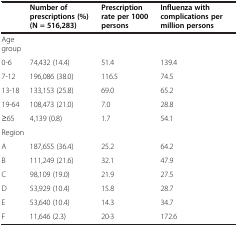
<table><thead><tr><td><b> </b></td><td><b>Number of prescriptions (%) (N = 516,283)</b></td><td><b>Prescription rate per 1000 persons</b></td><td><b>Influenza with complications per million persons</b></td></tr></thead><tbody><tr><td>Age group</td><td> </td><td> </td><td> </td></tr><tr><td>0-6</td><td>74,432 (14.4)</td><td>51.4</td><td>139.4</td></tr><tr><td>7-12</td><td>196,086 (38.0)</td><td>116.5</td><td>74.5</td></tr><tr><td>13-18</td><td>133,153 (25.8)</td><td>69.0</td><td>65.2</td></tr><tr><td>19-64</td><td>108,473 (21.0)</td><td>7.0</td><td>28.8</td></tr><tr><td>≥65</td><td>4,139 (0.8)</td><td>1.7</td><td>54.1</td></tr><tr><td>Region</td><td> </td><td> </td><td> </td></tr><tr><td>A</td><td>187,655 (36.4)</td><td>25.2</td><td>64.2</td></tr><tr><td>B</td><td>111,249 (21.6)</td><td>32.1</td><td>47.9</td></tr><tr><td>C</td><td>98,109 (19.0)</td><td>21.9</td><td>27.5</td></tr><tr><td>D</td><td>53,929 (10.4)</td><td>15.8</td><td>28.7</td></tr><tr><td>E</td><td>53,640 (10.4)</td><td>14.3</td><td>34.7</td></tr><tr><td>F</td><td>11,646 (2.3)</td><td>20·3</td><td>172.6</td></tr></tbody></table>